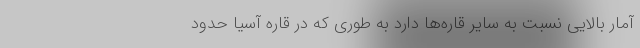
آمار بالایی نسبت به سایر قاره‌ها دارد به طوری که در قاره آسیا حدود